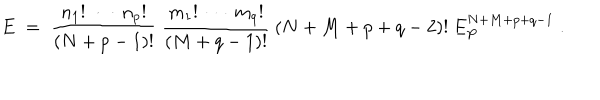
LaTeX: E \; = \; \frac { n _ { 1 } ! \: \cdots \: n _ { p } ! } { ( N + p - 1 ) ! } \: \frac { m _ { 1 } ! \: \cdots \: m _ { q } ! } { ( M + q - 1 ) ! } \: ( N + M + p + q - 2 ) ! \: E _ { P } ^ { N + M + p + q - 1 } \; .